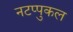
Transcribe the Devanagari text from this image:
नटप्पुकल